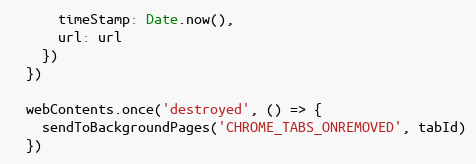
Language: JavaScript
      timeStamp: Date.now(),
      url: url
    })
  })

  webContents.once('destroyed', () => {
    sendToBackgroundPages('CHROME_TABS_ONREMOVED', tabId)
  })